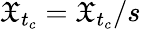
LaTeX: \mathfrak{X}_{t_{c}}=\mathfrak{X}_{t_{c}}/s